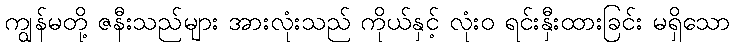
ကျွန်မတို့ ဇနီးသည်များ အားလုံးသည် ကိုယ်နှင့် လုံးဝ ရင်းနှီးထားခြင်း မရှိသော